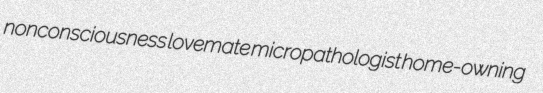
nonconsciousness lovemate micropathologist home-owning